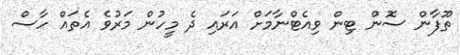
ތޫފާން ސޮން ޓިން ވިއެޓްނާމަށް އަރައި ދެ މީހުން މަރުވެ އެތައް ހާސް